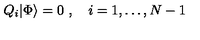
Q _ { i } | \Phi \rangle = 0 \ , \quad i = 1 , \ldots , N - 1